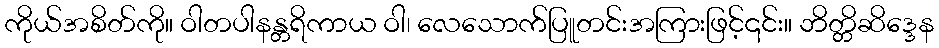
ကိုယ်အစိတ်ကို။ ဝါတပါနန္တရိကာယ ဝါ၊ လေသောက်ပြူတင်းအကြားဖြင့်၎င်း။ ဘိတ္တိဆိဒ္ဒေန